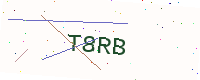
Text: T8RB